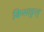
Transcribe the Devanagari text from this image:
किसाङुल्